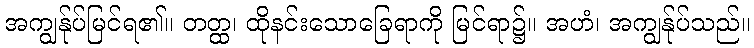
အကျွန်ုပ်မြင်ရ၏။ တတ္ထ၊ ထိုနင်းသောခြေရာကို မြင်ရာ၌။ အဟံ၊ အကျွန်ုပ်သည်။